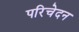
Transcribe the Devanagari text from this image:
परिचेदन